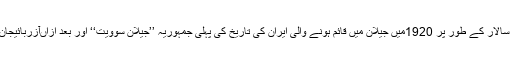
اسی رضا شاہ نے قزاق ڈیژون کے سالار کے طور پر 1920میں جیلان میں قائم ہونے والی ایران کی تاریخ کی پہلی جمہوریہ ’’جیلان سوویت‘‘ اور بعد ازاںآزربائیجان کی انقلابی تحریکوں کو کچلا تھا ۔